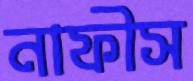
নাফীস